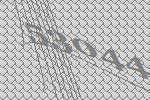
53044